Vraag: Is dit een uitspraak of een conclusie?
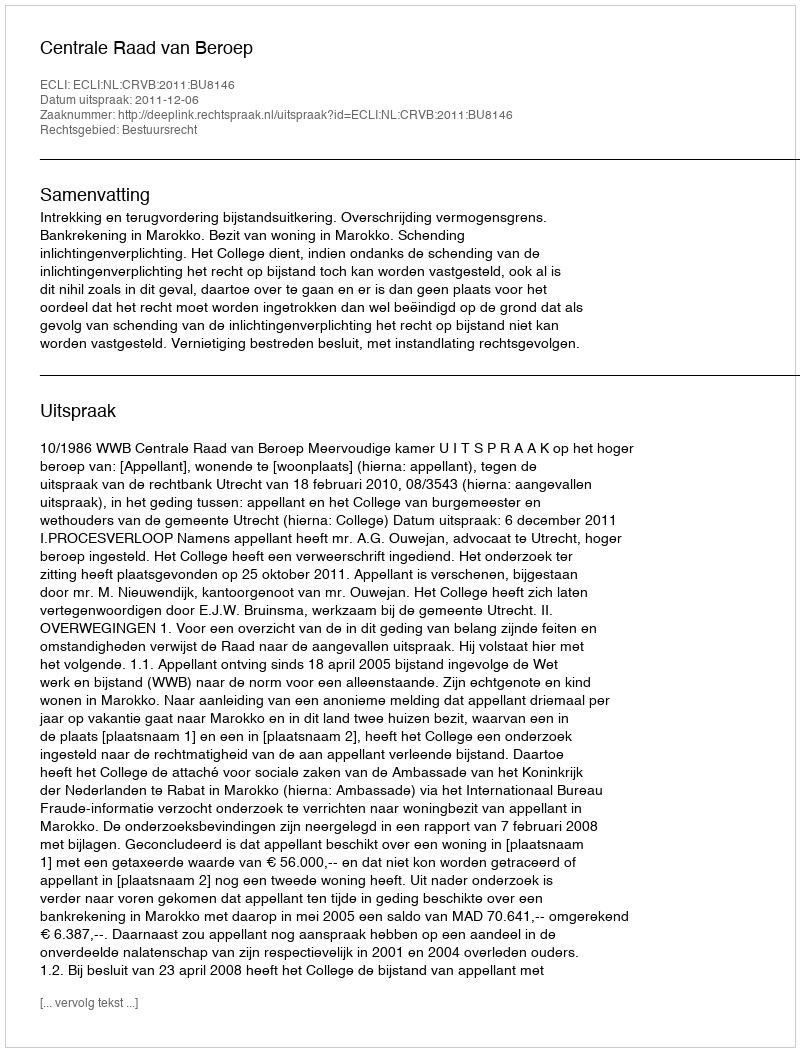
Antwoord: Uitspraak